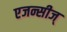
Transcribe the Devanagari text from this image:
एजन्सीज्